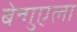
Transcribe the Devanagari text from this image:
बेन्गुएला